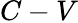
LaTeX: C-V